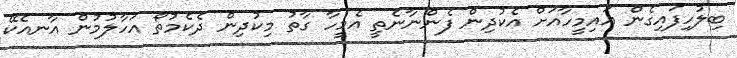
ބިލުހިފައިގެން އައިމީހާއަށް އެކުދިން ފެންނާނެތީ އެމީހާ ގާތު މިކުދިން ދެކެމުތޯ އަހާލުމުން އާނއެކޭ